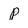
Character: P